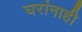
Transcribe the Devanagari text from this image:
घरांनाही